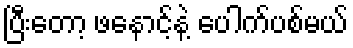
ပြီးတော့ ဖနောင့်နဲ့ ပေါက်ပစ်မယ်